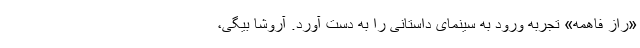
«راز فاهمه» تجربه ورود به سینمای داستانی را به دست آورد. آروشا بیگی،